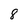
Character: 8